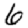
Digit: 6